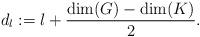
LaTeX: \begin{align*} d_l:=l+\frac{\textrm{dim}(G)-\textrm{dim}(K)}{2}.\end{align*}